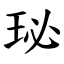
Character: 珌